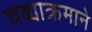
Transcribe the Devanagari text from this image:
चढ्याक्रमाने